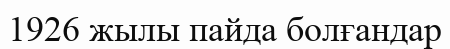
1926 жылы пайда болғандар